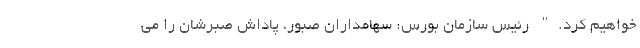
خواهیم کرد." رئیس سازمان بورس: سهامداران صبور، پاداش صبرشان را می